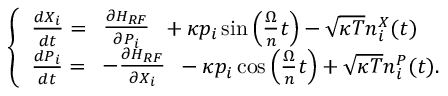
\begin{array} { r } { \left\{ \begin{array} { l } { \frac { d X _ { i } } { d t } = \begin{array} { c } { \frac { \partial H _ { R F } } { \partial P _ { i } } } \end{array} + \kappa p _ { i } \sin \Big ( \frac { \Omega } { n } t \Big ) - \sqrt { \kappa T } n _ { i } ^ { X } ( t ) } \\ { \frac { d P _ { i } } { d t } = \begin{array} { c } { - \frac { \partial H _ { R F } } { \partial X _ { i } } } \end{array} - \kappa p _ { i } \cos \Big ( \frac { \Omega } { n } t \Big ) + \sqrt { \kappa T } n _ { i } ^ { P } ( t ) . } \end{array} \right. } \end{array}